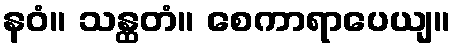
နဝံ။ သန္ထတံ။ စေကာရာပေယျ။